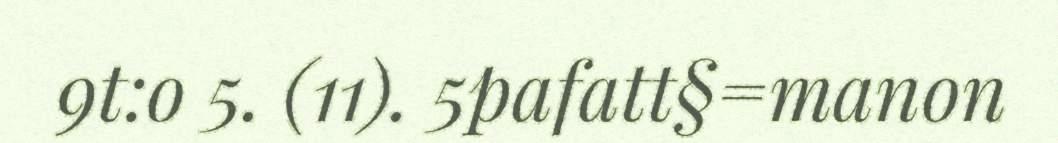
9t:o 5. (11). 5pafatt§=manon